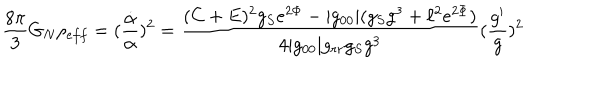
\frac { 8 \pi } { 3 } G _ { N } \rho _ { e f f } = ( \frac { \dot { \alpha } } { \alpha } ) ^ { 2 } = \frac { ( C + E ) ^ { 2 } g _ { S } e ^ { 2 \Phi } - | g _ { 0 0 } | ( g _ { S } g ^ { 3 } + \ell ^ { 2 } e ^ { 2 \Phi } ) } { 4 | g _ { 0 0 } | g _ { r r } g _ { S } g ^ { 3 } } ( \frac { g ^ { \prime } } { g } ) ^ { 2 }